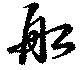
舩